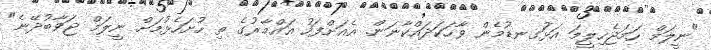
"ނީލަމް ހަމަޖެހިލީމަ އަޅުަގނޑުމެން ވާހަކަދައްކާނަން. އެއަށްފަހު އައްމާރުގެ ތި ހުށަހެޅުމަށް ނީލަމް ޖަވާބުދޭނެ"